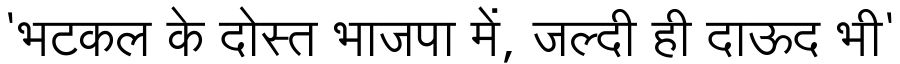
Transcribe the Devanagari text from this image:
'भटकल के दोस्त भाजपा में, जल्दी ही दाऊद भी'